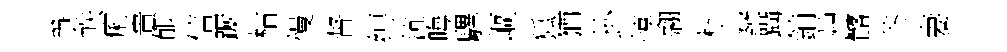
爭帙痢貴郁信蹰枯慢督缚沆晦驆嶇狐猶卦惇翹枇辨躡鋪艸髂荼妻